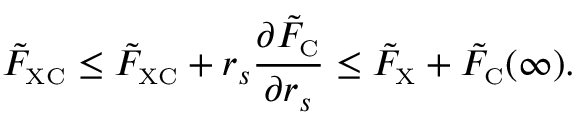
\tilde { F } _ { \scriptscriptstyle \mathrm { X C } } \leq \tilde { F } _ { \scriptscriptstyle \mathrm { X C } } + r _ { s } \frac { \partial \tilde { F } _ { \scriptscriptstyle \mathrm { C } } } { \partial r _ { s } } \leq \tilde { F } _ { \scriptscriptstyle \mathrm { X } } + \tilde { F } _ { \scriptscriptstyle \mathrm { C } } ( \infty ) .